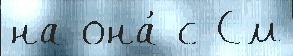
на она́ с См